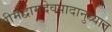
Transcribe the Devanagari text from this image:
श्रीमद्वामदेवपादानुध्यात